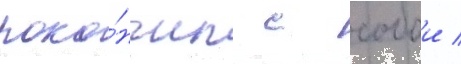
поко́нчил с собои /